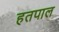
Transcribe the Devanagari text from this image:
हतपाल